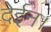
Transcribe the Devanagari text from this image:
देईन।